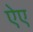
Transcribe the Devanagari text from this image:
ऐए